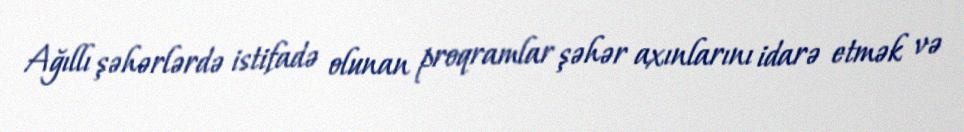
Ağıllı şəhərlərdə istifadə olunan proqramlar şəhər axınlarını idarə etmək və